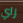
زاي